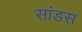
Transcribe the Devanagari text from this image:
सांडस